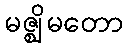
မဇ္ဈိမတော